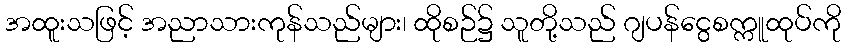
အထူးသဖြင့် အညာသားကုန်သည်များ၊ ထိုစဉ်၌ သူတို့သည် ဂျပန်ငွေစက္ကူထုပ်ကို